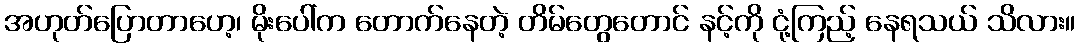
အဟုတ်ပြောတာဟေ့၊ မိုးပေါ်က တောက်နေတဲ့ တိမ်တွေတောင် နင့်ကို ငုံ့ကြည့် နေရသယ် သိလား။